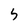
Character: 5